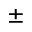
\pm